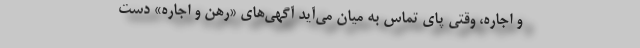
و اجاره، وقتی پای تماس به میان می‌آید آگهی‌های «رهن و اجاره» دست